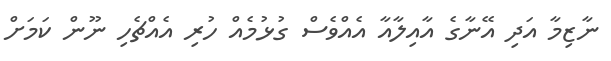
ނާޒިމާ އަދި އޭނާގެ އާއިލާއާ އެއްވެސް ގުޅުމެއް ހުރި އެއްޗެހި ނޫން ކަމަށް